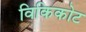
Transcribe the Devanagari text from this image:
विकिकोट